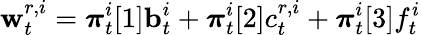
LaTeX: \mathbf{w}_{t}^{r,i}={\boldsymbol{\pi}}_{t}^{i}[1]\mathbf{b}_{t}^{i}+{\boldsymbol{\pi}}_{t}^{i}[2]c_{t}^{r,i}+{\boldsymbol{\pi}}_{t}^{i}[3]f_{t}^{i}